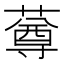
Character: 䔿